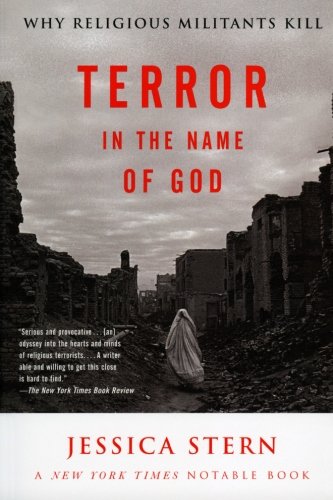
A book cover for Terror in the Name of God: Why Religious Militants Kill; Jessica Stern; Religion & Spirituality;